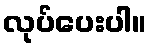
လုပ်ပေးပါ။